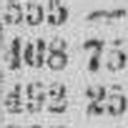
492 25